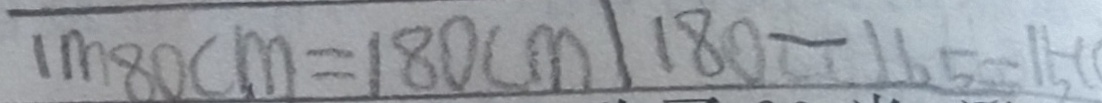
1 m 8 0 c m = 1 8 0 c m \vert 1 8 0 - 1 6 5 = 1 5 0